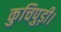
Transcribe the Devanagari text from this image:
कुचिपुड़ी।